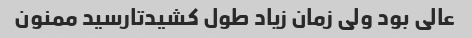
عالی بود ولی زمان زیاد طول کشیدتارسید ممنون